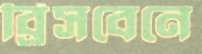
ব্রিসবেনে